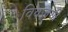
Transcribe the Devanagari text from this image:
विवजयी